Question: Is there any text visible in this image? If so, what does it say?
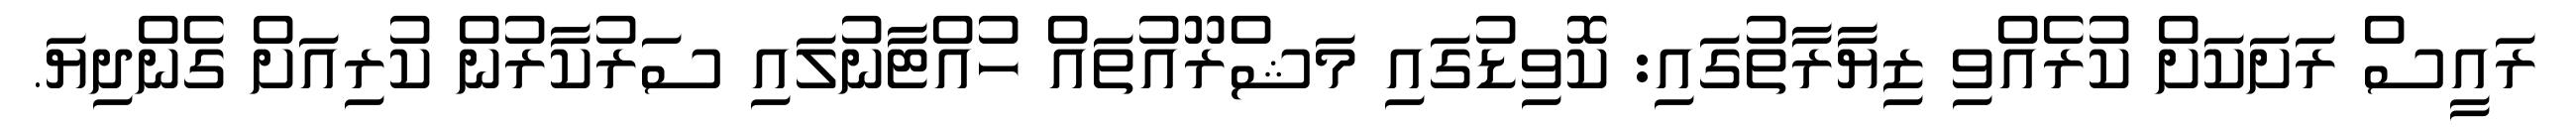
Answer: ރައީސް ރަށަކަށް ކުރެއްވި ޒިޔާރާތުގައި: ކޮވިޑުގައި މަޝްރޫއުތައް ހުއްޓާނުލައި ސަރުކާރުން ކުރިއަށް ގެންދިޔަ.